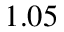
1 . 0 5